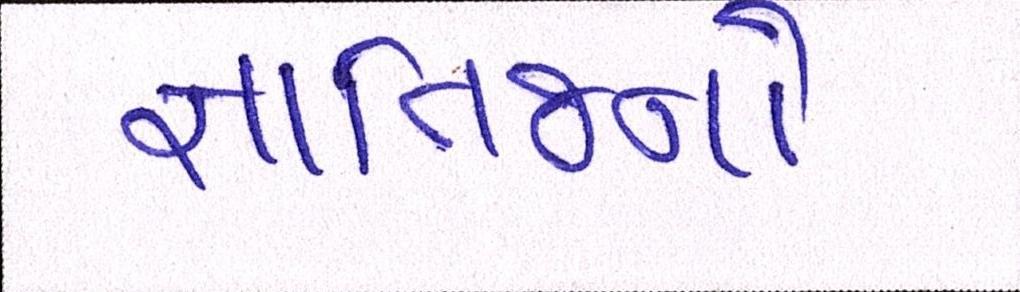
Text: જ્ઞાતિજનો